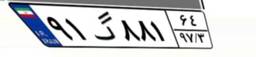
۹۱گ۸۸۱۶۴